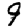
Digit: 9